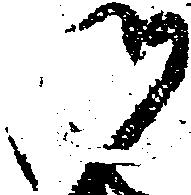
御